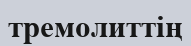
тремолиттің